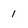
Character: 1